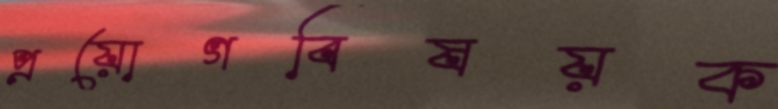
প্রয়োগবিষয়ক